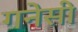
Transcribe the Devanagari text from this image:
गनेसी